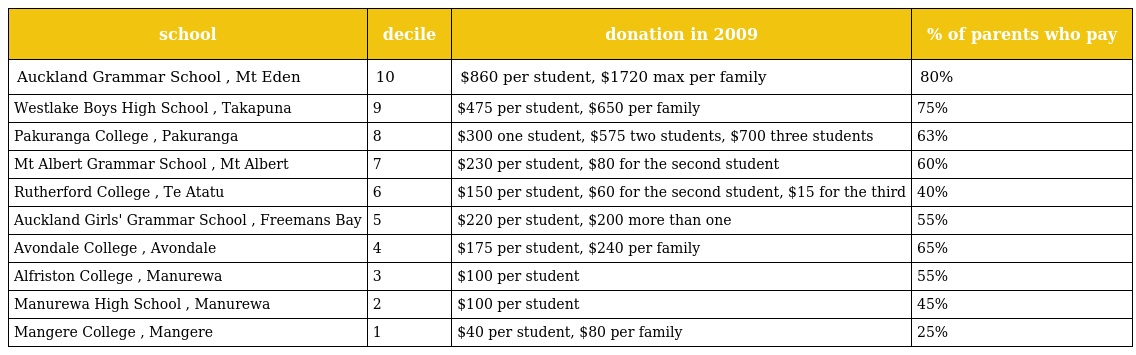
| school | decile | donation in 2009 | % of parents who pay |
 | --- | --- | --- | --- |
 | Auckland Grammar School , Mt Eden | 10 | $860 per student, $1720 max per family | 80% |
 | Westlake Boys High School , Takapuna | 9 | $475 per student, $650 per family | 75% |
 | Pakuranga College , Pakuranga | 8 | $300 one student, $575 two students, $700 three students | 63% |
 | Mt Albert Grammar School , Mt Albert | 7 | $230 per student, $80 for the second student | 60% |
 | Rutherford College , Te Atatu | 6 | $150 per student, $60 for the second student, $15 for the third | 40% |
 | Auckland Girls' Grammar School , Freemans Bay | 5 | $220 per student, $200 more than one | 55% |
 | Avondale College , Avondale | 4 | $175 per student, $240 per family | 65% |
 | Alfriston College , Manurewa | 3 | $100 per student | 55% |
 | Manurewa High School , Manurewa | 2 | $100 per student | 45% |
 | Mangere College , Mangere | 1 | $40 per student, $80 per family | 25% |